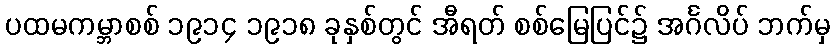
ပထမကမ္ဘာစစ် ၁၉၁၄ ၁၉၁၈ ခုနှစ်တွင် အီရတ် စစ်မြေပြင်၌ အင်္ဂလိပ် ဘက်မှ